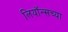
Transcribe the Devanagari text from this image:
लियॉन्सच्या